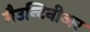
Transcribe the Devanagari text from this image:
मैउन्टिनीअर